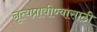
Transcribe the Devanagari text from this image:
नृत्यप्रावीण्यासाठी